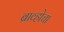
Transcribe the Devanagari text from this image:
ब्राव्होचा